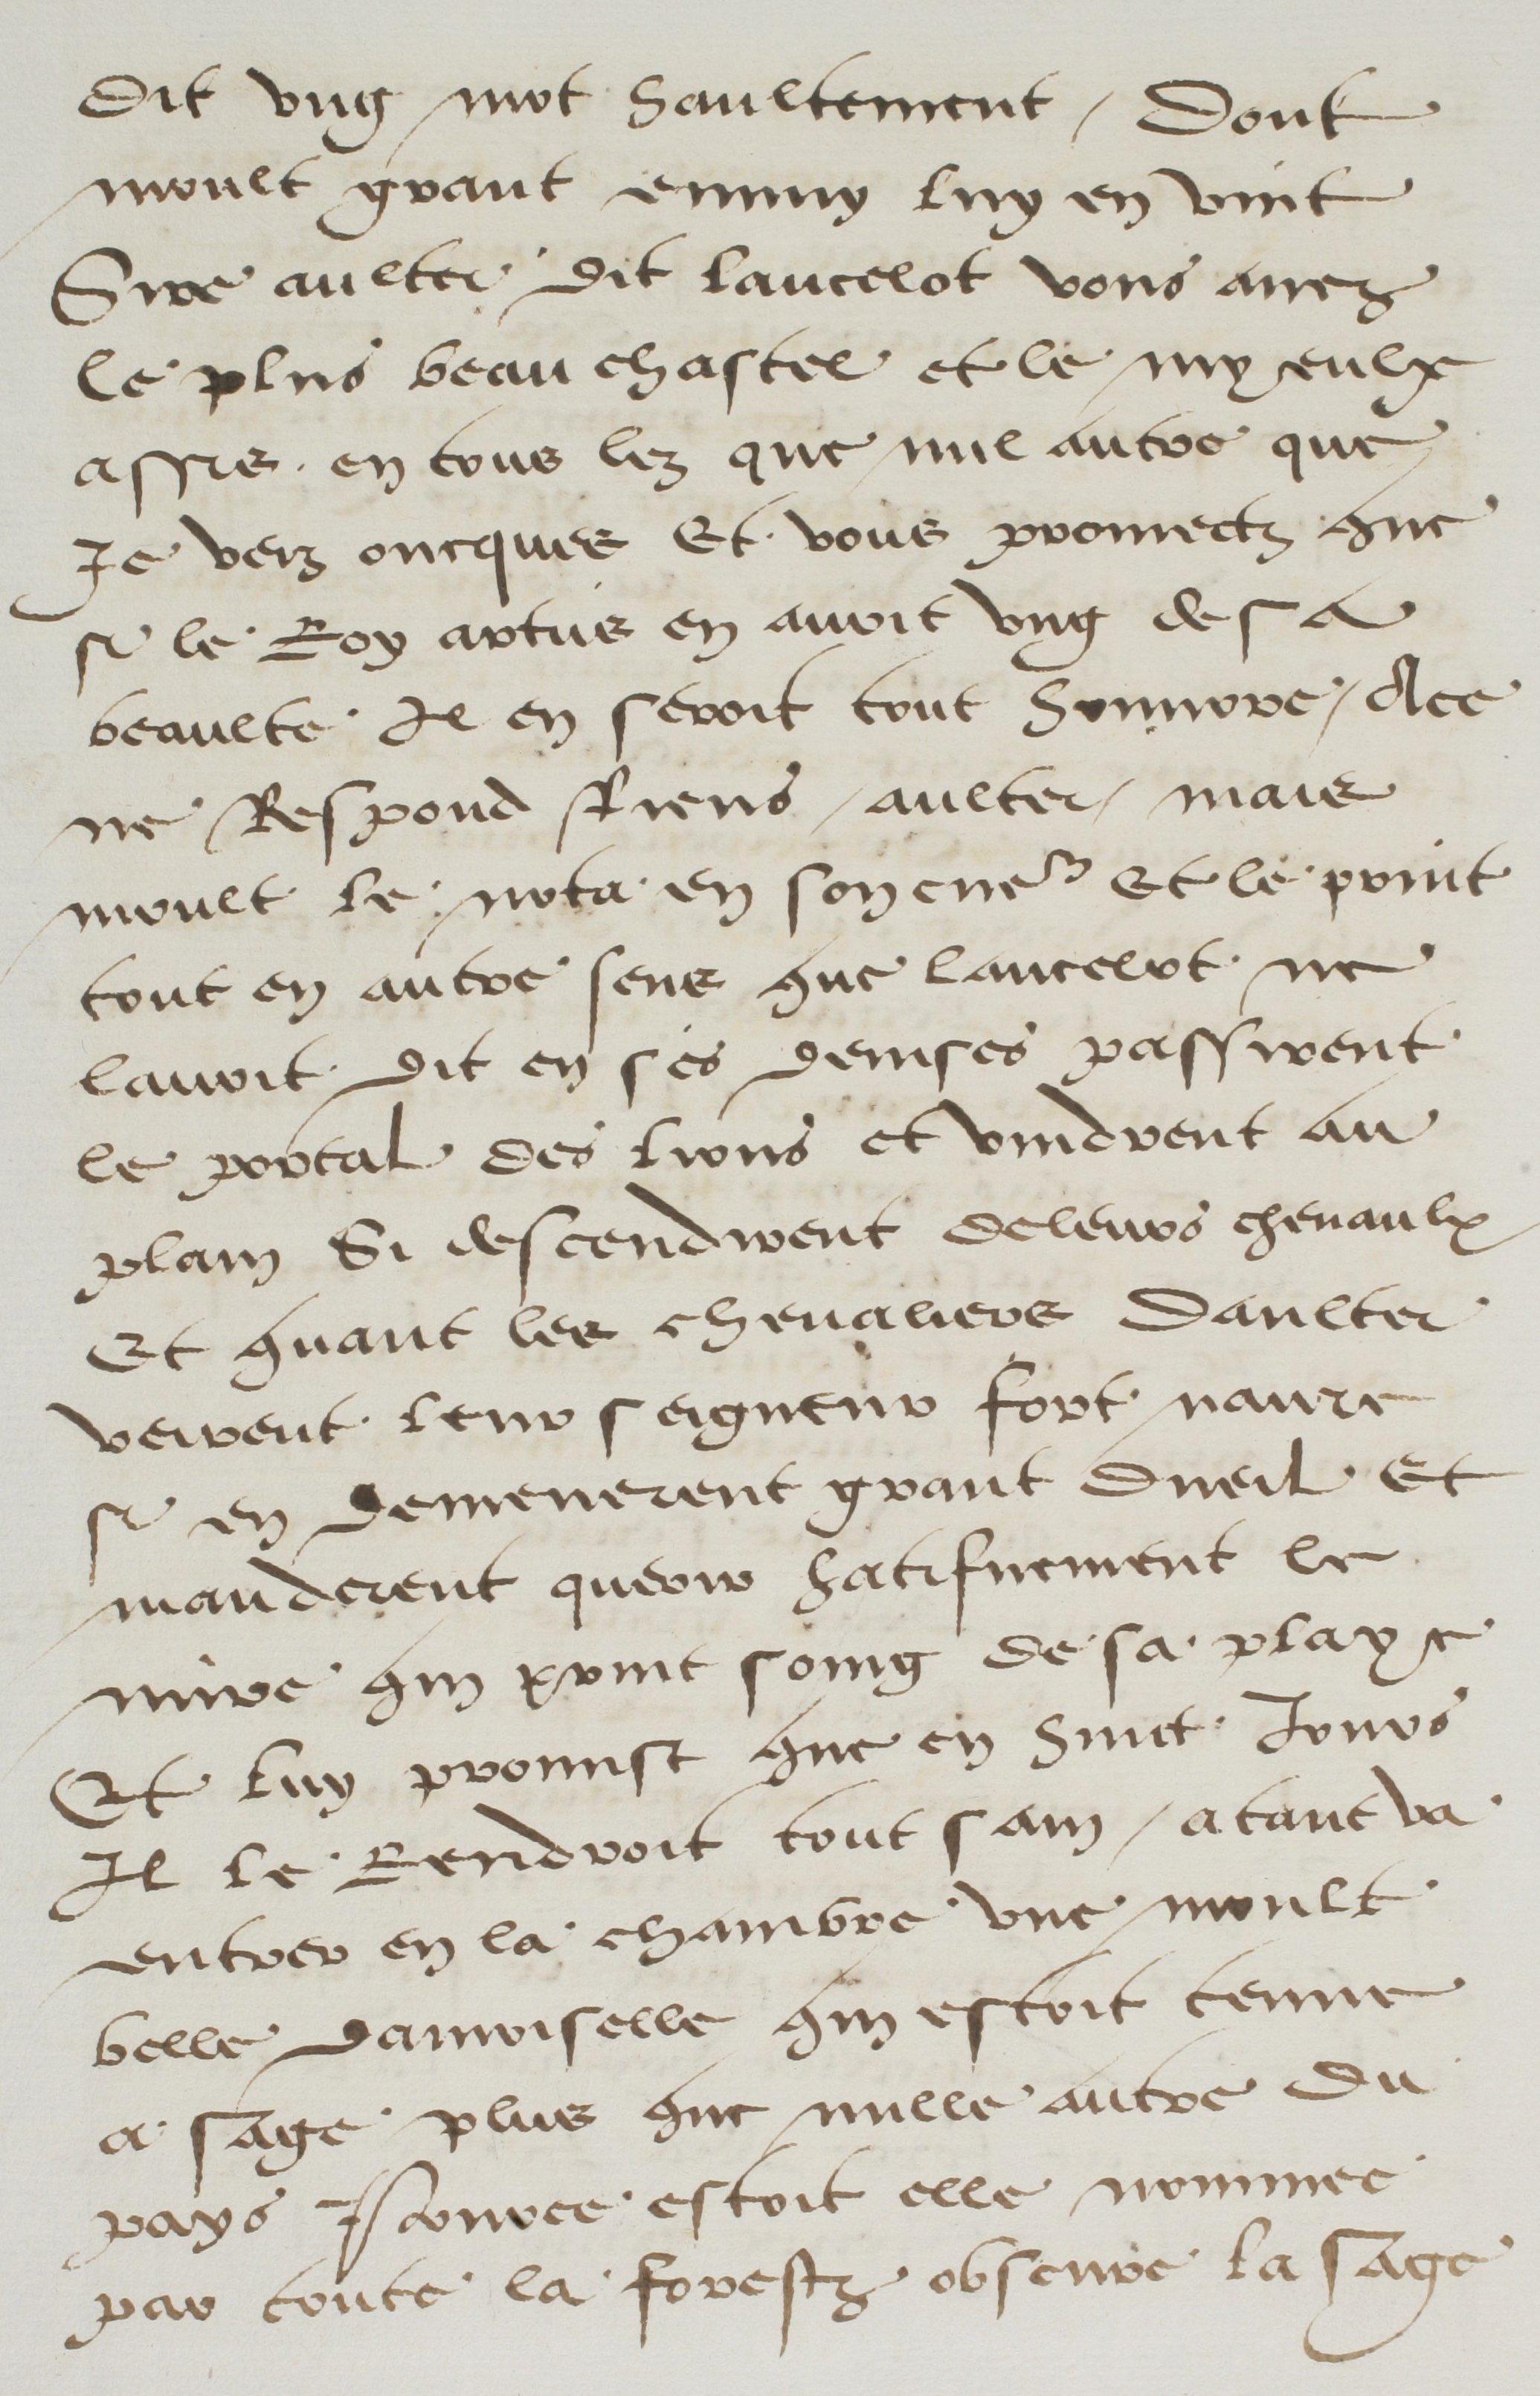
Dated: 1500–1599